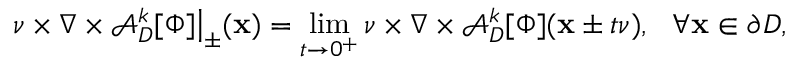
\quad \nu \times \nabla \times \mathcal { A } _ { D } ^ { k } [ \Phi ] \big \vert _ { \pm } ( \mathbf { x } ) = \operatorname* { l i m } _ { t \rightarrow 0 ^ { + } } \nu \times \nabla \times \mathcal { A } _ { D } ^ { k } [ \Phi ] ( \mathbf { x } \pm t \nu ) , ~ ~ \forall \mathbf { x } \in \partial D ,